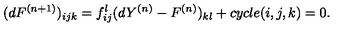
( d F ^ { ( n + 1 ) } ) _ { i j k } = f _ { i j } ^ { l } ( d Y ^ { ( n ) } - F ^ { ( n ) } ) _ { k l } + c y c l e ( i , j , k ) = 0 .